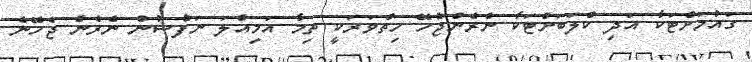
ގައުމަށްޓަކާ އަދި ކްލަބަށްޓަކާ ނެރެންޖެހޭ ހިތްވަރަކީ ތިމާ އަމިއްލަ ނަފްސުން ނެރެން ޖެހޭނެ